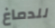
للدماغ